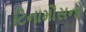
ટિનામૌસનો